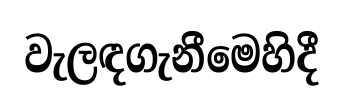
වැලඳගැනීමෙහිදී